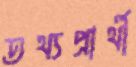
তথ্যপ্রার্থী